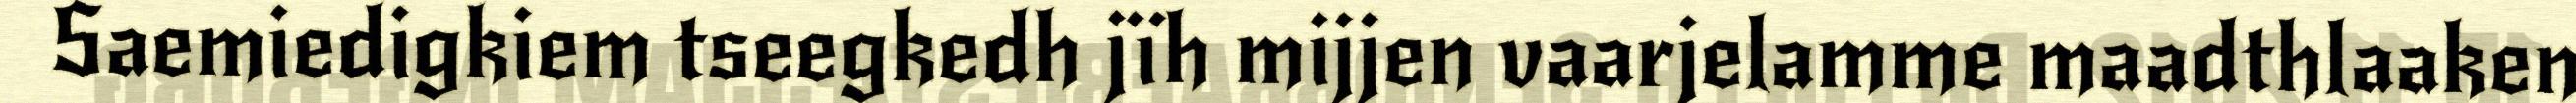
Saemiedigkiem tseegkedh jïh mijjen vaarjelamme maadthlaaken